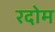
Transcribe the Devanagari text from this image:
रदोम